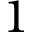
1